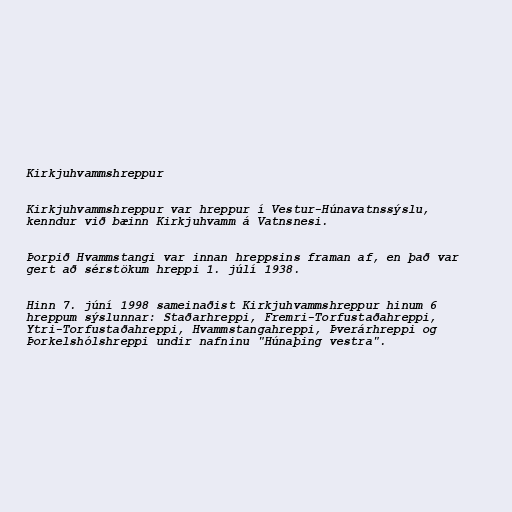
Kirkjuhvammshreppur

Kirkjuhvammshreppur var hreppur í Vestur-Húnavatnssýslu,
kenndur við bæinn Kirkjuhvamm á Vatnsnesi.

Þorpið Hvammstangi var innan hreppsins framan af, en það var
gert að sérstökum hreppi 1. júlí 1938.

Hinn 7. júní 1998 sameinaðist Kirkjuhvammshreppur hinum 6
hreppum sýslunnar: Staðarhreppi, Fremri-Torfustaðahreppi,
Ytri-Torfustaðahreppi, Hvammstangahreppi, Þverárhreppi og
Þorkelshólshreppi undir nafninu "Húnaþing vestra".